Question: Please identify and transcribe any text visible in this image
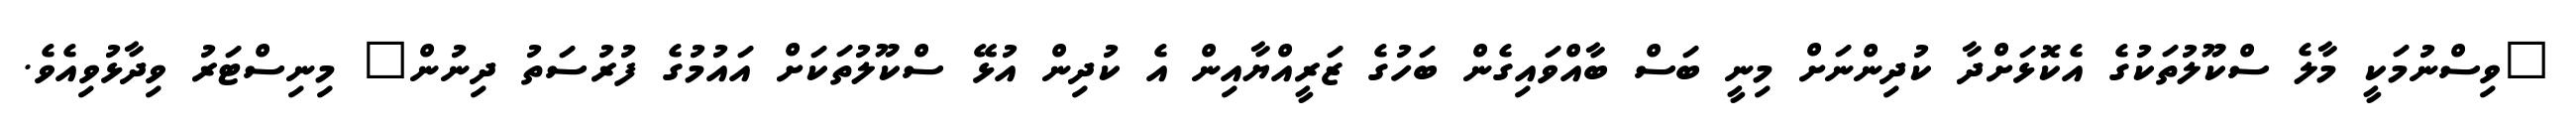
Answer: "ވިސްނުމަކީ މާލެ ސްކޫލުތަކުގެ އެކޮޅަށްދާ ކުދިންނަށް މިނީ ބަސް ބާއްވައިގެން ބަހުގެ ޒަރީއްޔާއިން އެ ކުދިން އުޅޭ ސްކޫލުތަކަށް އައުމުގެ ފުރުސަތު ދިނުން" މިނިސްޓަރު ވިދާޅުވިއެވެ.